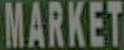
MARKET